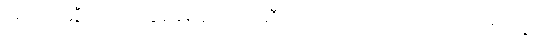
ဖရင့်က ဆွီလင်ကို တွဲခေါ်ရန် ရထားဆီသို့ ခပ်သုတ်သုတ် လျှောက်လာသည်။